Report on inoculation in the plague infected areas of the Punjab and its dependencies from October 1900 to September 1901
Year: 1900
Disease focus: Plague
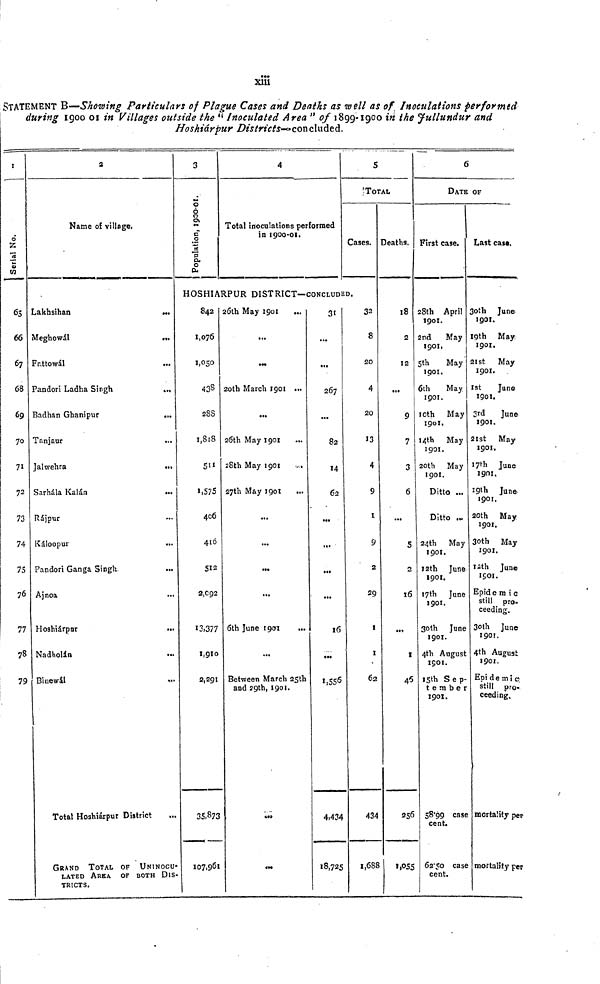
xiii
STATEMENT B—Showing Particulars of Plague Cases and Deaths as well as of Inoculations performed
during 1900 01 in Villages outside the " Inoculated Area " of 1899-1900 in the Jullundur and
Hoshiárpur Districts-concluded.
1
Serial No.
66
67
68
69
70
71
72
73
74
75
76
77
78
79
2
Name of village.
Lakhsihan
Meghowál
Fattowál
Pandori Ladha Singh
Badhan Ghanipur
Tanjaur
Jalwehra
Sarhála Kalán
Rájpur
Káloopur
Pandori Ganga Singh
...
Ajnoa
Hoshiárpnr
Nadholán
Binewál
Total Hoshiárpur District
GRAND TOTAL OF UNINOCU-
LATED AREA OF BOTH DIS-
TRICTS.
3
Population, 1899-1900.
4
Total inoculations performed
in 1900-01.
5
TOTAL
Cases.
HOSHIARPUR DISTRICT—CONCLUDED.
S42
1,076
1,050
438
28S
1,818
511
1,575
406
416
512
2,092
13,377
1,910
2,291
35,873
107,961
26th May 1901
...
20th March 190t ...
26th May 1901
28th May 1901
27th May 1901
...
...
...
...
6th June 1901
...
Between March 25th
and 29th, 1901.
31
267
82
14
62
...
I6
1,556
4,434
18,725
32
8
20
4
20
13
4
9
1
9
2
29
1
1
62
434
1,688
Deaths.
18
2
12
...
9
7
3
6
...
5
2
16
1
46
256
1,055
6
DATE OF
First case.
28th April
1901.
2nd May
1901,
5th
May
1901.
6th
May
1901.
10th
May
1901.
14th
May
1901.
20th
May
1901.
Ditto ...
Ditto
24th
May
1901.
12th June
1901.
17th June
1901.
30th June
1901.
4th August
1901.
15th Sep-
tember
1901.
58.99 case
cent.
62.50 case
cent.
Last cas«.
30th June
1901.
19th May.
1901.
21st
May
1901.
1st
June
1901.
3rd
June
1901.
21st
May
1901.
17th June
1901.
19th June
1901.
20th May
1901.
30th May
1901.
12th June
1901.
Epidemic
still
pro.
ceeding.
3oth June
1901.
4th August
1901.
Epidemic
still pro-
ceeding.
mortality pep
mortality per